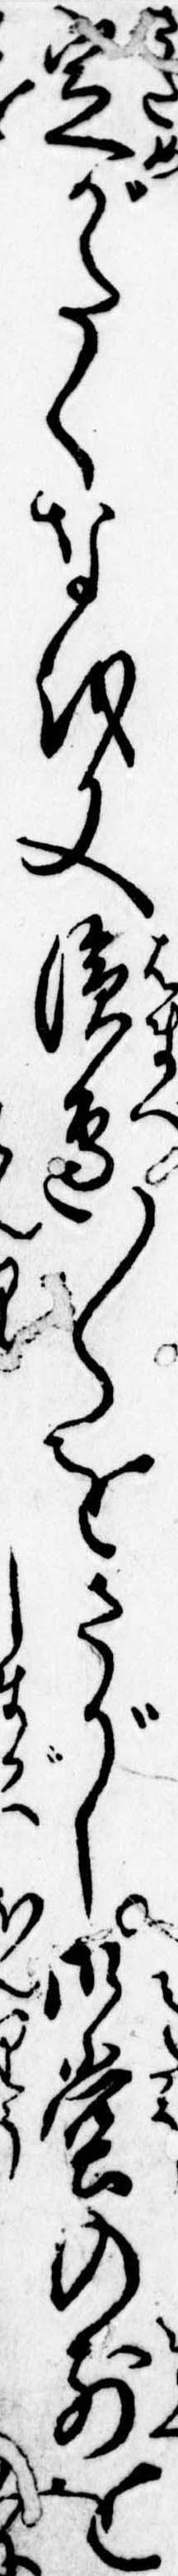
定がたくなを又浜辺〱をさがし御堂の前を